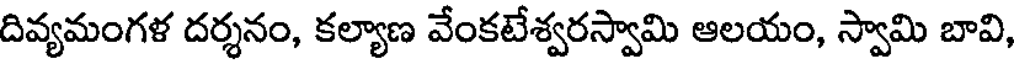
దివ్యమంగళ దర్శనం, కల్యాణ వేంకటేశ్వరస్వామి ఆలయం, స్వామి బావి,